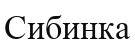
Сибинка